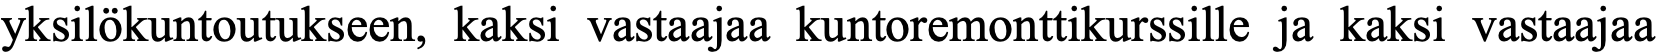
yksilökuntoutukseen, kaksi vastaajaa kuntoremonttikurssille ja kaksi vastaajaa